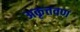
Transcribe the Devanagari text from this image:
अकृतवण